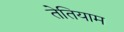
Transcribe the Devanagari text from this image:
तेतियाम